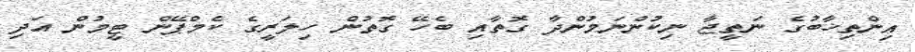
އިންތިޚާބުގެ ނަތީޖާ ނިކުންނަމުންދާ ގޮތާއި ބެހޭ ގޮތުން ހިލަރީގެ ކެމްޕޭން ޓީމުން އަދި